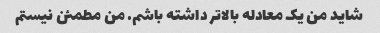
شاید من یک معادله بالاتر داشته باشم. من مطمئن نیستم